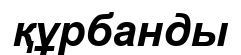
құрбанды